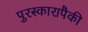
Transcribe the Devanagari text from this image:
पुरस्कारापैकी